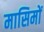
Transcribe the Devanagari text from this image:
मासिमों